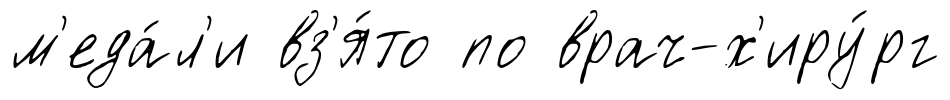
м'еда́л'и вз'я́то по врач-х'иру́рг